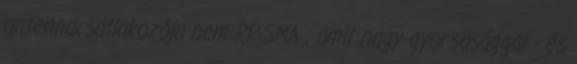
antennacsatlakozója nem RP-SMA , amit nagy gyorsasággal - és